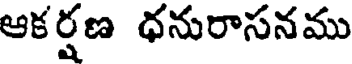
ఆకర్షణ ధనురాసనము